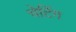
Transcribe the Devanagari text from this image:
चेटिंग